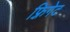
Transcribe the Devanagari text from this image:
फ़्रिगेट